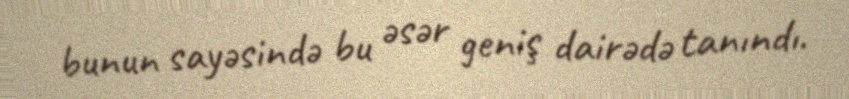
bunun sayəsində bu əsər geniş dairədə tanındı.